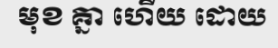
មុខ គ្នា ហើយ ដោយ